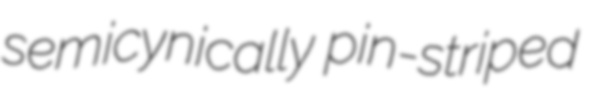
semicynically pin-striped